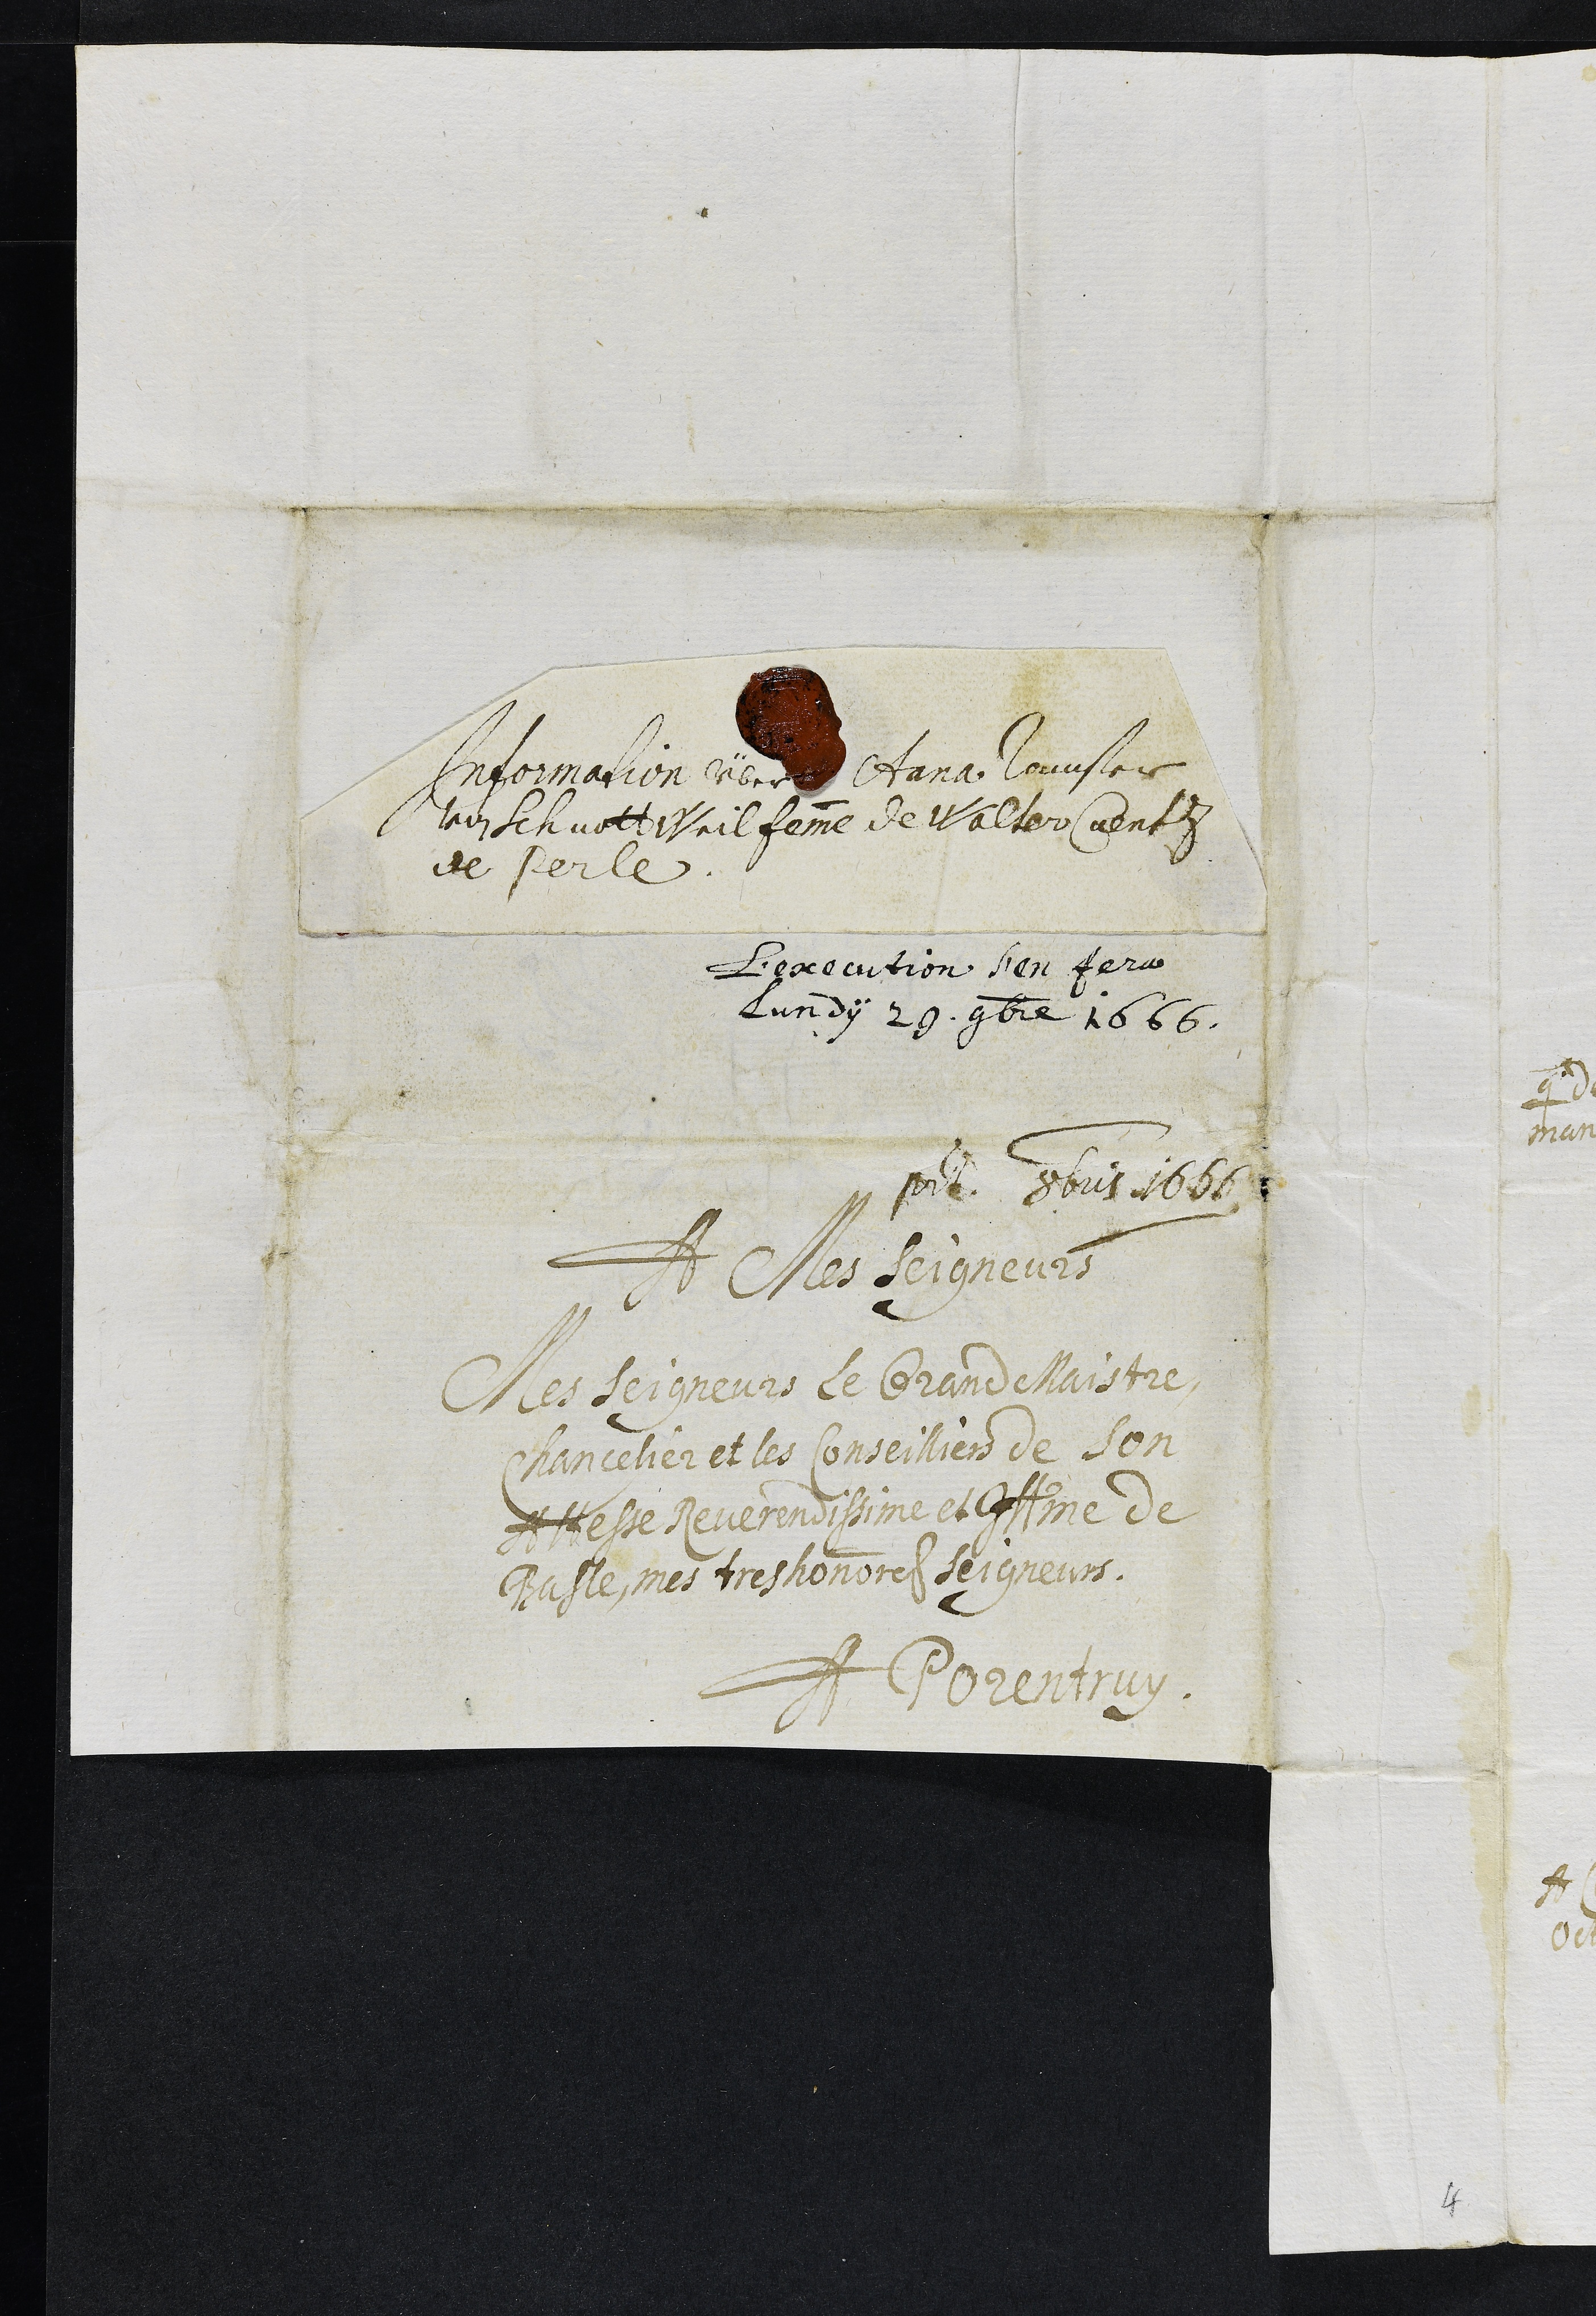
Information über Anna Ramser
von Schuottweil femme de Walter Cuentz
de Perle
L'execution s'en fera
Lundy 29 9bre 1666.
presentatum 8bris 1666
A Mes Seigneurs
Mes Seigneurs le Grand Maistre,
Chancelier et les Conseilliers de son
Altesse Reverendissime et Illustrissime de
Basle, mes tres honnores seigneurs.
A Porentruy
4